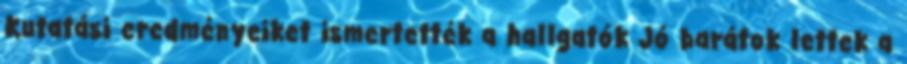
Kutatási eredményeiket ismertették a hallgatók Jó barátok lettek a